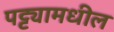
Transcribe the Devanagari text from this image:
पट्ट्यामधील